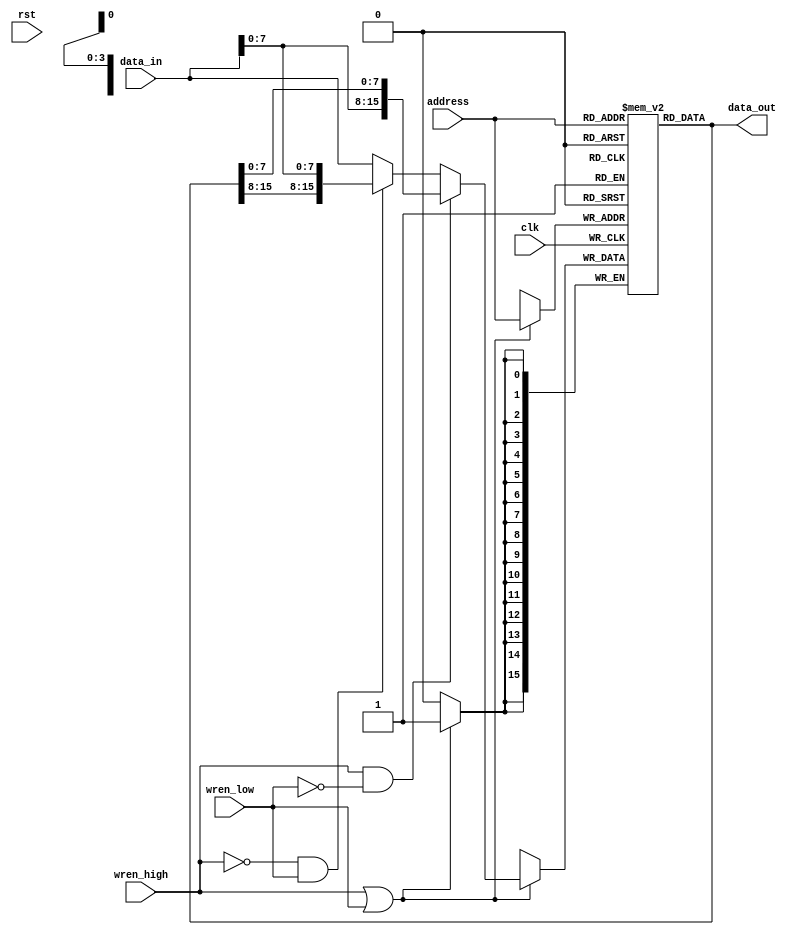
// Register File
//

module regfile
(
	input				clk,
	input				rst,

	input				wren_low,
	input				wren_high,
	input		[3:0]	address,

	input		[15:0]	data_in,
	output	[15:0]	data_out
);

reg	[15:0]	mem[15:0];
wire				we;
wire	[15:0]	write_data;

assign data_out = mem[address];
assign we = wren_high | wren_low;
assign write_data = (wren_high & ~wren_low) ? {data_in[7:0], data_out[7:0]} :
							(~wren_high & wren_low) ? {data_out[15:8], data_in[7:0]} : 
							data_in;

always @(posedge clk)
begin
	if (we)
		mem[address] <= write_data;
end

endmodule